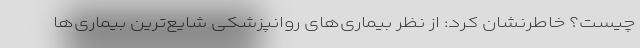
چیست؟ خاطرنشان کرد: از نظر بیماری‌های روانپزشکی شایع‌ترین بیماری‌ها